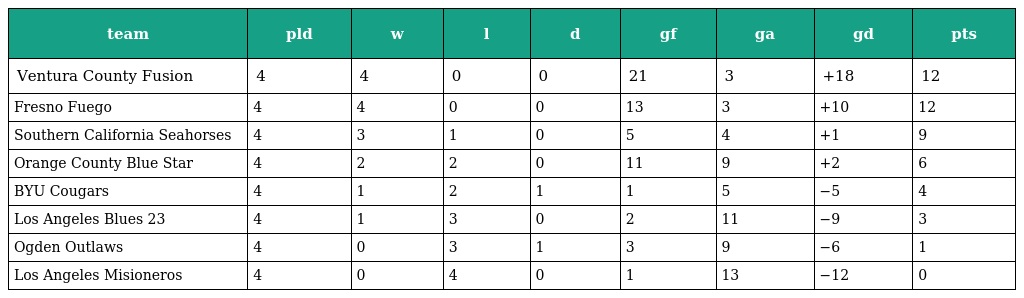
| team | pld | w | l | d | gf | ga | gd | pts |
 | --- | --- | --- | --- | --- | --- | --- | --- | --- |
 | Ventura County Fusion | 4 | 4 | 0 | 0 | 21 | 3 | +18 | 12 |
 | Fresno Fuego | 4 | 4 | 0 | 0 | 13 | 3 | +10 | 12 |
 | Southern California Seahorses | 4 | 3 | 1 | 0 | 5 | 4 | +1 | 9 |
 | Orange County Blue Star | 4 | 2 | 2 | 0 | 11 | 9 | +2 | 6 |
 | BYU Cougars | 4 | 1 | 2 | 1 | 1 | 5 | −5 | 4 |
 | Los Angeles Blues 23 | 4 | 1 | 3 | 0 | 2 | 11 | −9 | 3 |
 | Ogden Outlaws | 4 | 0 | 3 | 1 | 3 | 9 | −6 | 1 |
 | Los Angeles Misioneros | 4 | 0 | 4 | 0 | 1 | 13 | −12 | 0 |